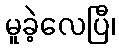
မူခဲ့လေပြီ၊